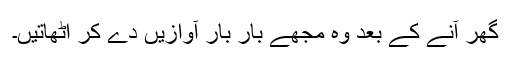
گھر آنے کے بعد وہ مجھے بار بار آوازیں دے کر اٹھاتیں۔